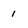
Character: 1